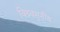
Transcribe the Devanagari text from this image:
विश्र्वसनीय